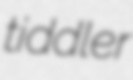
tiddler